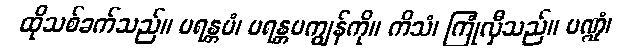
ထိုသစ်ခက်သည်။ ပရန္တပံ၊ ပရန္တပကျွန်ကို။ ကိသံ၊ ကြုံလှီသည်။ ပဏ္ဍုံ၊